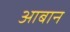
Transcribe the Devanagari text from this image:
आबान